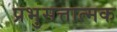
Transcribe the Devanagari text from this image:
प्रभुसत्तात्मक